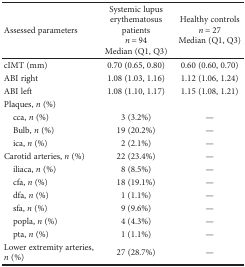
<table><thead><tr><td><b>Assessed parameters</b></td><td><b>Systemic lupus erythematosus patients<i>n</i> = 94Median (Q1, Q3)</b></td><td><b>Healthy controls<i>n</i> = 27Median (Q1, Q3)</b></td></tr></thead><tbody><tr><td>cIMT (mm)</td><td>0.70 (0.65, 0.80)</td><td>0.60 (0.60, 0.70)</td></tr><tr><td>ABI right</td><td>1.08 (1.03, 1.16)</td><td>1.12 (1.06, 1.24)</td></tr><tr><td>ABI left</td><td>1.08 (1.10, 1.17)</td><td>1.15 (1.08, 1.21)</td></tr><tr><td>Plaques, <i>n</i> (%)</td><td>[EMPTY_CELL]</td><td>[EMPTY_CELL]</td></tr><tr><td> cca, <i>n</i> (%)</td><td>3 (3.2%)</td><td>—</td></tr><tr><td> Bulb, <i>n</i> (%)</td><td>19 (20.2%)</td><td>—</td></tr><tr><td> ica, <i>n</i> (%)</td><td>2 (2.1%)</td><td>—</td></tr><tr><td>Carotid arteries, <i>n</i> (%)</td><td>22 (23.4%)</td><td>—</td></tr><tr><td> iliaca, <i>n</i> (%)</td><td>8 (8.5%)</td><td>—</td></tr><tr><td> cfa, <i>n</i> (%)</td><td>18 (19.1%)</td><td>—</td></tr><tr><td> dfa, <i>n</i> (%)</td><td>1 (1.1%)</td><td>—</td></tr><tr><td> sfa, <i>n</i> (%)</td><td>9 (9.6%)</td><td>—</td></tr><tr><td> popla, <i>n</i> (%)</td><td>4 (4.3%)</td><td>—</td></tr><tr><td> pta, <i>n</i> (%)</td><td>1 (1.1%)</td><td>—</td></tr><tr><td>Lower extremity arteries, <i>n</i> (%)</td><td>27 (28.7%)</td><td>—</td></tr></tbody></table>